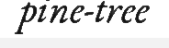
pine-tree